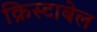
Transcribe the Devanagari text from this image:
क्रिस्टाबेल